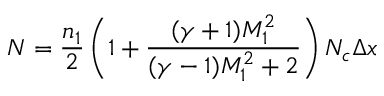
N = \frac { n _ { 1 } } { 2 } \left( 1 + \frac { ( \gamma + 1 ) M _ { 1 } ^ { 2 } } { ( \gamma - 1 ) M _ { 1 } ^ { 2 } + 2 } \right) N _ { c } \Delta x